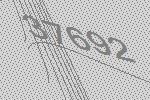
37692